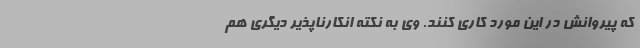
که پیروانش در این مورد کاری کنند. وی به نکته انکارناپذیر دیگری هم